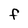
Character: F